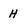
Character: H